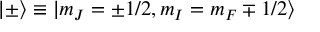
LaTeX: | \pm \rangle \equiv | m _ { J } = \pm 1 / 2 , m _ { I } = m _ { F } \mp 1 / 2 \rangle